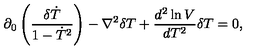
\partial _ { 0 } \left( \frac { \delta \dot { T } } { 1 - \dot { T } ^ { 2 } } \right) - \nabla ^ { 2 } \delta T + \frac { d ^ { 2 } \ln V } { d T ^ { 2 } } \delta T = 0 ,